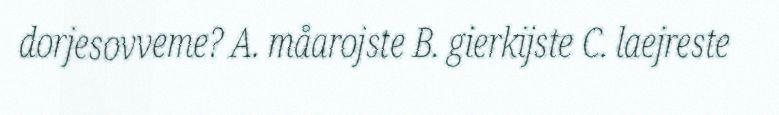
dorjesovveme? A. måarojste B. gierkijste C. laejreste